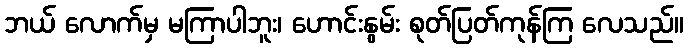
ဘယ် လောက်မှ မကြာပါဘူး၊ ဟောင်းနွမ်း စုတ်ပြတ်ကုန်ကြ လေသည်။